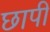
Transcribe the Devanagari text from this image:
छापीं